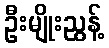
ဦးမျိုးညွန့်